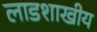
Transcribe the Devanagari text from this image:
लाडशाखीय